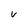
Character: V